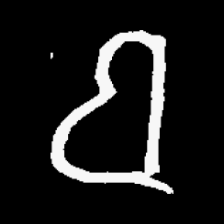
Pyu character \u2014 Myanmar letter: ဗ (romanized: ba)